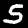
Digit: 5